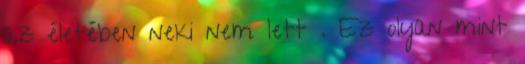
az életében neki nem lett . Ez olyan mint